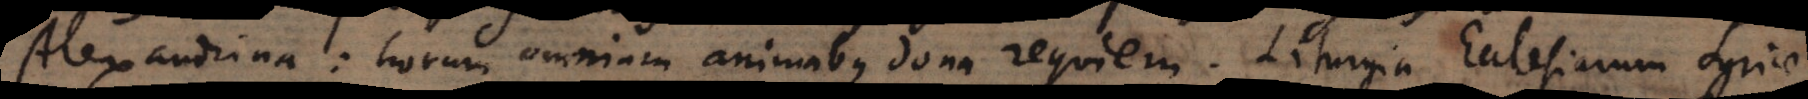
Alexandrina: horum omnium animabus dona requiem. Liturgia Ecclesiarum Syriae